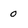
Character: O